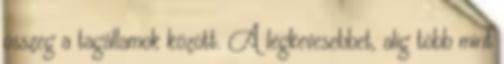
összeg a tagállamok között. A legkevesebbet, alig több mint